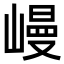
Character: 𡻩